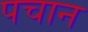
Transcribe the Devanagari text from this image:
पचान